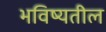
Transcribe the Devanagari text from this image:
भविष्यतील